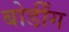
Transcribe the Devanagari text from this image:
बोर्डींग